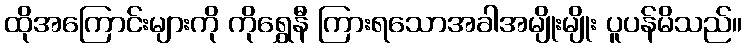
ထိုအကြောင်းများကို ကိုရွှေနီ ကြားရသောအခါအမျိုးမျိုး ပူပန်မိသည်။